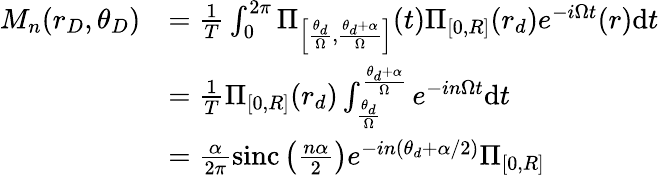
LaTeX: \begin{array}{rl}{M_{n}(r_{D},\theta_{D})}&{=\frac{1}{T}\int_{0}^{2\pi}\Pi_{\left[\frac{\theta_{d}}{\Omega},\frac{\theta_{d}+\alpha}{\Omega}\right]}(t)\Pi_{[0,R]}(r_{d})e^{-i\Omega t}(r)\mathrm{d}t}\\ &{=\frac{1}{T}\Pi_{[0,R]}(r_{d})\int_{\frac{\theta_{d}}{\Omega}}^{\frac{\theta_{d}+\alpha}{\Omega}}e^{-in\Omega t}\mathrm{d}t}\\ &{=\frac{\alpha}{2\pi}\textrm{sinc}\left(\frac{n\alpha}{2}\right)e^{-in(\theta_{d}+\alpha/2)}\Pi_{[0,R]}}\end{array}